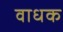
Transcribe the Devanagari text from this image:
वाधक